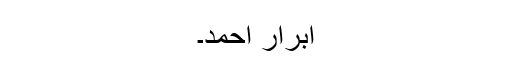
ابرار احمد۔